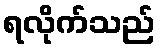
ရလိုက်သည်